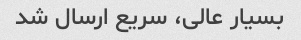
بسیار عالی، سریع ارسال شد